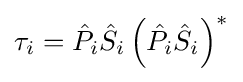
\tau _{i}={\hat {P}}_{i}{\hat {S}}_{i}\left({\hat {P}}_{i}{\hat {S}}_{i}\right)^{*}